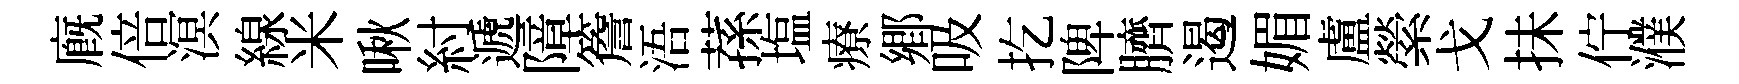
廐倍溟線米啾紂遞障簷浯蓀塩療郷吸扢陴臍遏媚盧縈戈抺佇濮